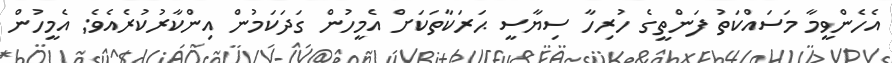
އެހެންވީމާ މަސައްކަތު ފަންތީގެ ހުރިހާ ސިޔާސީ ޙަރަކާތަކަށް އެމީހުން ގަދަކަމުން އިންކާރުކުރެއެވެ; އެމީހުން